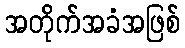
အတိုက်အခံအဖြစ်